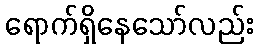
ရောက်ရှိနေသော်လည်း